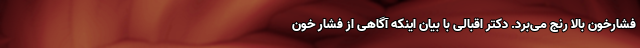
فشارخون بالا رنج می‌برد. دکتر اقبالی با بیان اینکه آگاهی از فشار خون